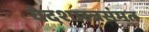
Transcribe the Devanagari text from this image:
वेदशास्त्रसंमत